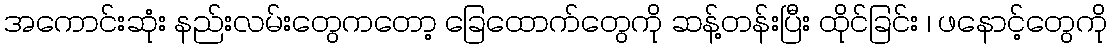
အကောင်းဆုံး နည်းလမ်းတွေကတော့ ခြေထောက်တွေကို ဆန့်တန်းပြီး ထိုင်ခြင်း ၊ ဖနောင့်တွေကို